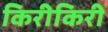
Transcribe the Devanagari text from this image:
किरीकिरी